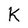
Character: K